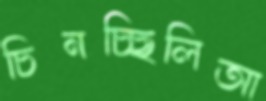
চিনচ্ছিলিআ